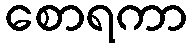
စောရကာ